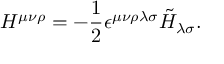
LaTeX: H ^ { \mu \nu \rho } = - { \frac { 1 } { 2 } } \epsilon ^ { \mu \nu \rho \lambda \sigma } \tilde { H } _ { \lambda \sigma } .